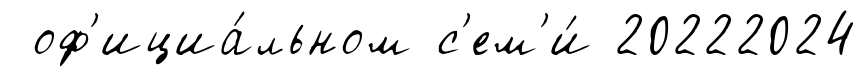
оф'ициа́льном с'ем'и́ 20222024